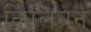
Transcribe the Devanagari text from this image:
किलियन